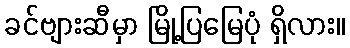
ခင်ဗျားဆီမှာ မြို့ပြမြေပုံ ရှိလား။